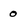
Character: 0